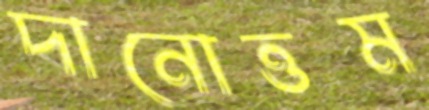
দানোত্তম